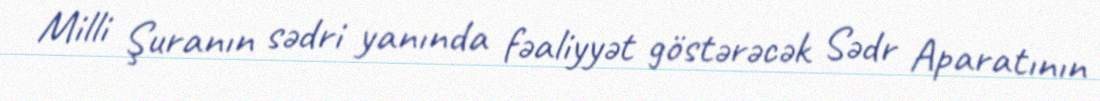
Milli Şuranın sədri yanında fəaliyyət göstərəcək Sədr Aparatının